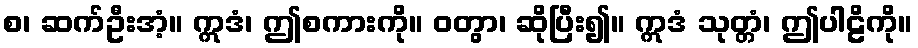
စ၊ ဆက်ဦးအံ့။ ဣဒံ၊ ဤစကားကို။ ဝတွာ၊ ဆိုပြီး၍။ ဣဒံ သုတ္တံ၊ ဤပါဠိကို။